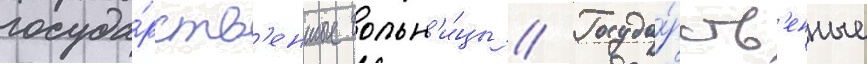
госуда́рств'енные больн'и́цы // Госуда́рств'енные